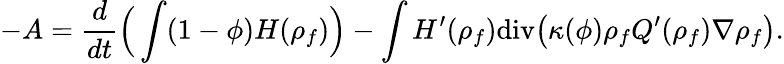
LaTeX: -A=\frac{d}{dt}\Big(\int(1-\phi){H}({\rho}_{f})\Big)-\int{H}^{\prime}({\rho}_{f})\mathrm{div}\big(\kappa(\phi){\rho}_{f}{Q}^{\prime}({\rho}_{f})\nabla{\rho}_{f}\big).